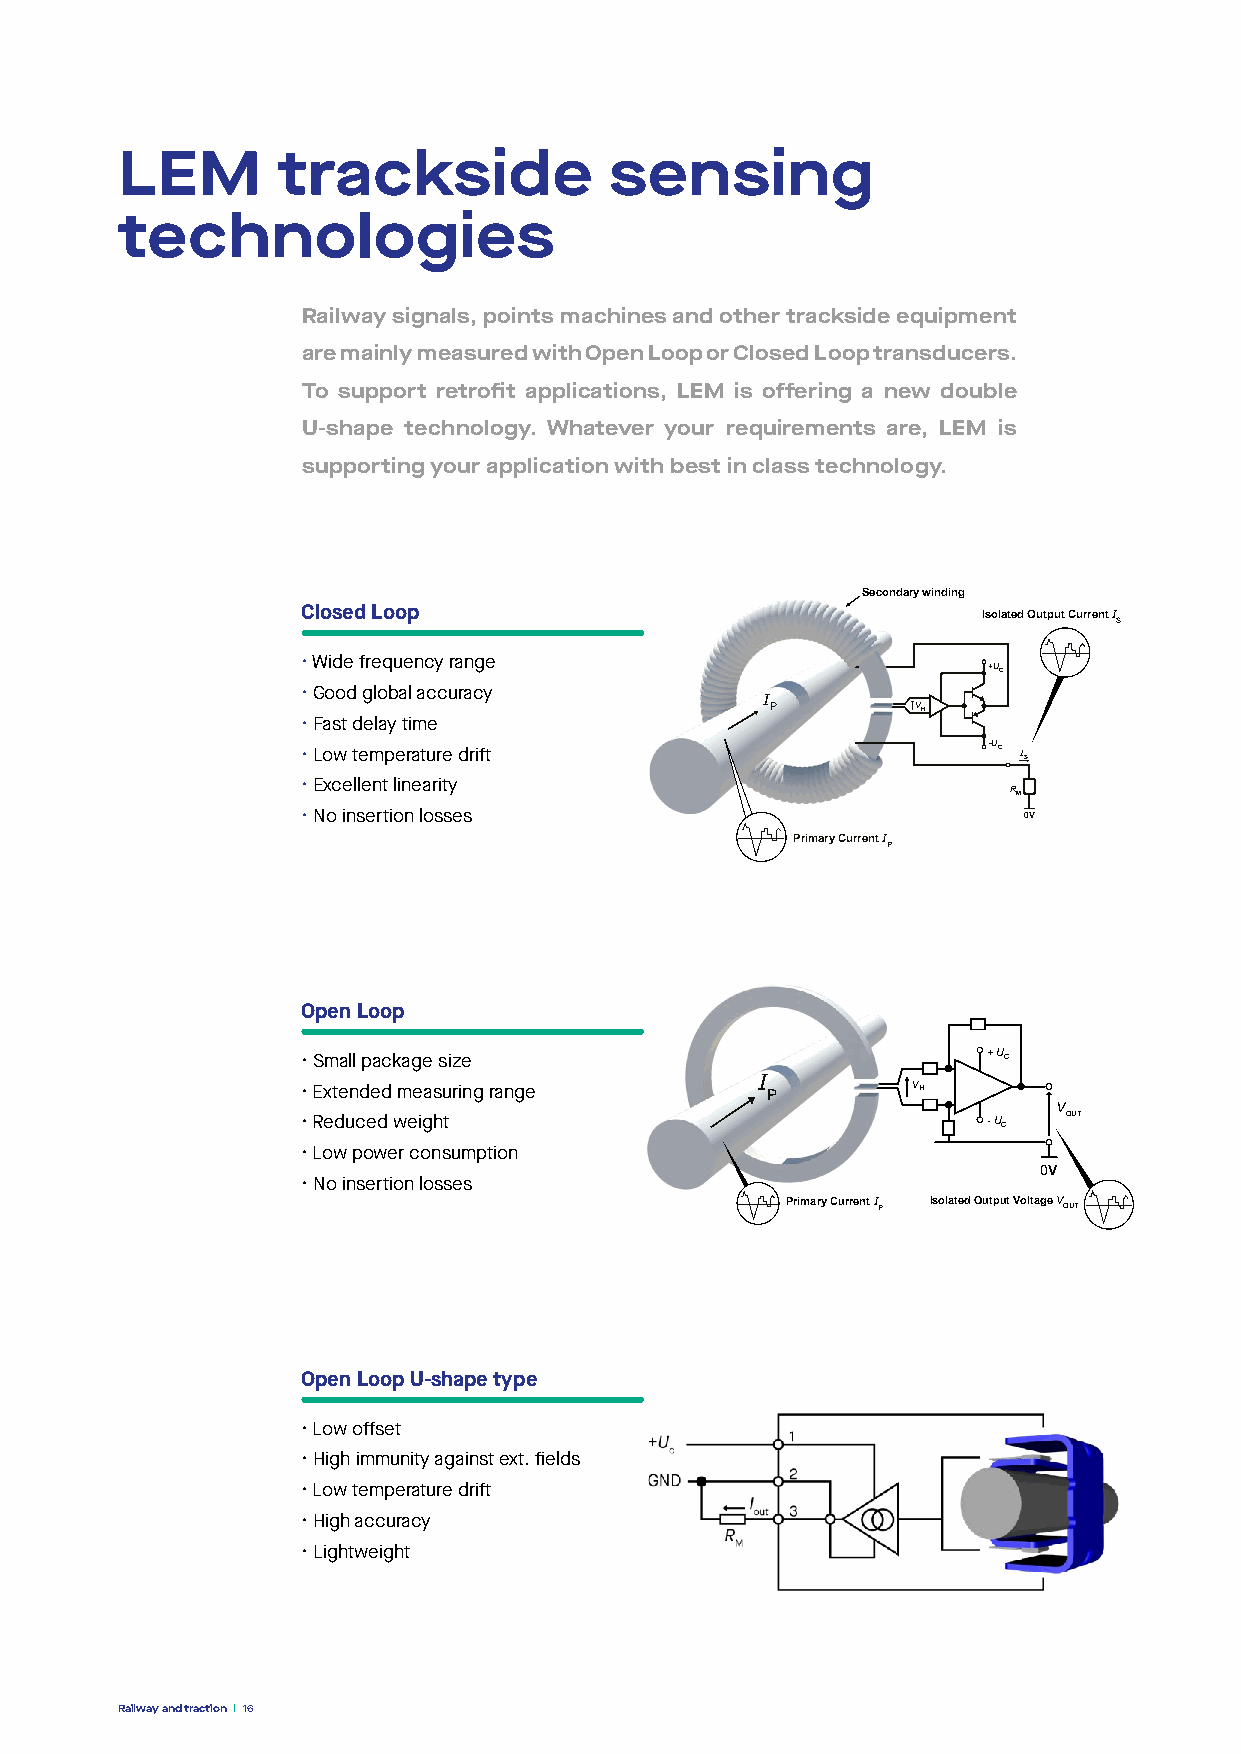
LEM       trackside             sensing
 technologies
 Railway signals, points machines and other trackside equipment
 are mainly measured with Open Loop or Closed Loop transducers.
 To support retrofit applications, LEM is offering a new double
 U-shape technology. Whatever your requirements are, LEM is
 supporting your application with best in class technology.
 Secondary winding
 Closed Loop                                  Isolated Output Current I
 S
 • Wide frequency range
 +UC
 • Good global accuracy
 I
 P         VH
 • Fast delay time
 • Low temperature drift
 -UC
 IS
 • Excellent linearity
 RM
 • No insertion losses                           0V
 Primary Current I
 P
 Open Loop
 • Small package size                         + UC
 I
 • Extended measuring range     P        VH
 V
 • Reduced weight                             - UC OUT
 • Low power consumption
 0V
 • No insertion losses
 Primary Current I
 P
 Isolated Output Voltage VOUT
 Open Loop U-shape type
 • Low offset
 • High immunity against ext. fields
 • Low temperature drift
 • High accuracy
 • Lightweight
 Railway and traction 16